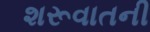
શરૂવાતની